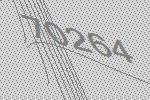
70264